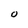
Character: O